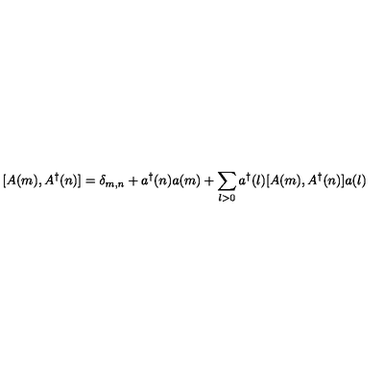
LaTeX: [ A ( m ) , A ^ { \dag } ( n ) ] = \delta _ { m , n } + a ^ { \dag } ( n ) a ( m ) + \sum _ { l > 0 } a ^ { \dag } ( l ) [ A ( m ) , A ^ { \dag } ( n ) ] a ( l )